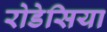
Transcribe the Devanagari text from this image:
रोडेसिया